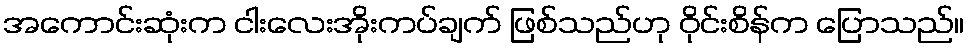
အကောင်းဆုံးက ငါးလေးအိုးကပ်ချက် ဖြစ်သည်ဟု ဝိုင်းစိန်က ပြောသည်။